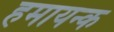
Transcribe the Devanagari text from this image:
हमायन्क